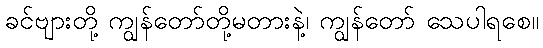
ခင်ဗျားတို့ ကျွန်တော်တို့မတားနဲ့၊ ကျွန်တော် သေပါရစေ။